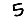
Digit: 5